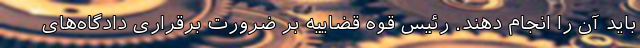
باید آن را انجام دهند. رئیس قوه قضاییه بر ضرورت برقراری دادگاه‌های